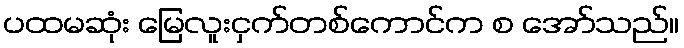
ပထမဆုံး မြေလူးငှက်တစ်ကောင်က စ အော်သည်။